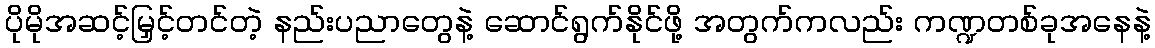
ပိုမိုအဆင့်မြှင့်တင်တဲ့ နည်းပညာတွေနဲ့ ဆောင်ရွက်နိုင်ဖို့ အတွက်ကလည်း ကဏ္ဍတစ်ခုအနေနဲ့